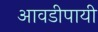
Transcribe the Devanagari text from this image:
आवडीपायी